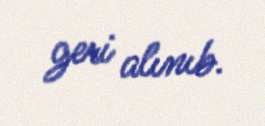
geri alınıb.